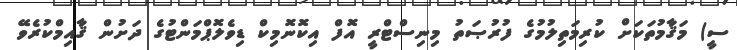
ސީ) މަޤާމުތަކަށް ކުރިމަތިލުމުގެ ފުރުޞަތު މިނިސްޓްރީ އޮފް އިކޮނޮމިކް ޑިވެލޮޕްމަންޓުގެ ދަށުން ޤާއިމްކުރެވޭ